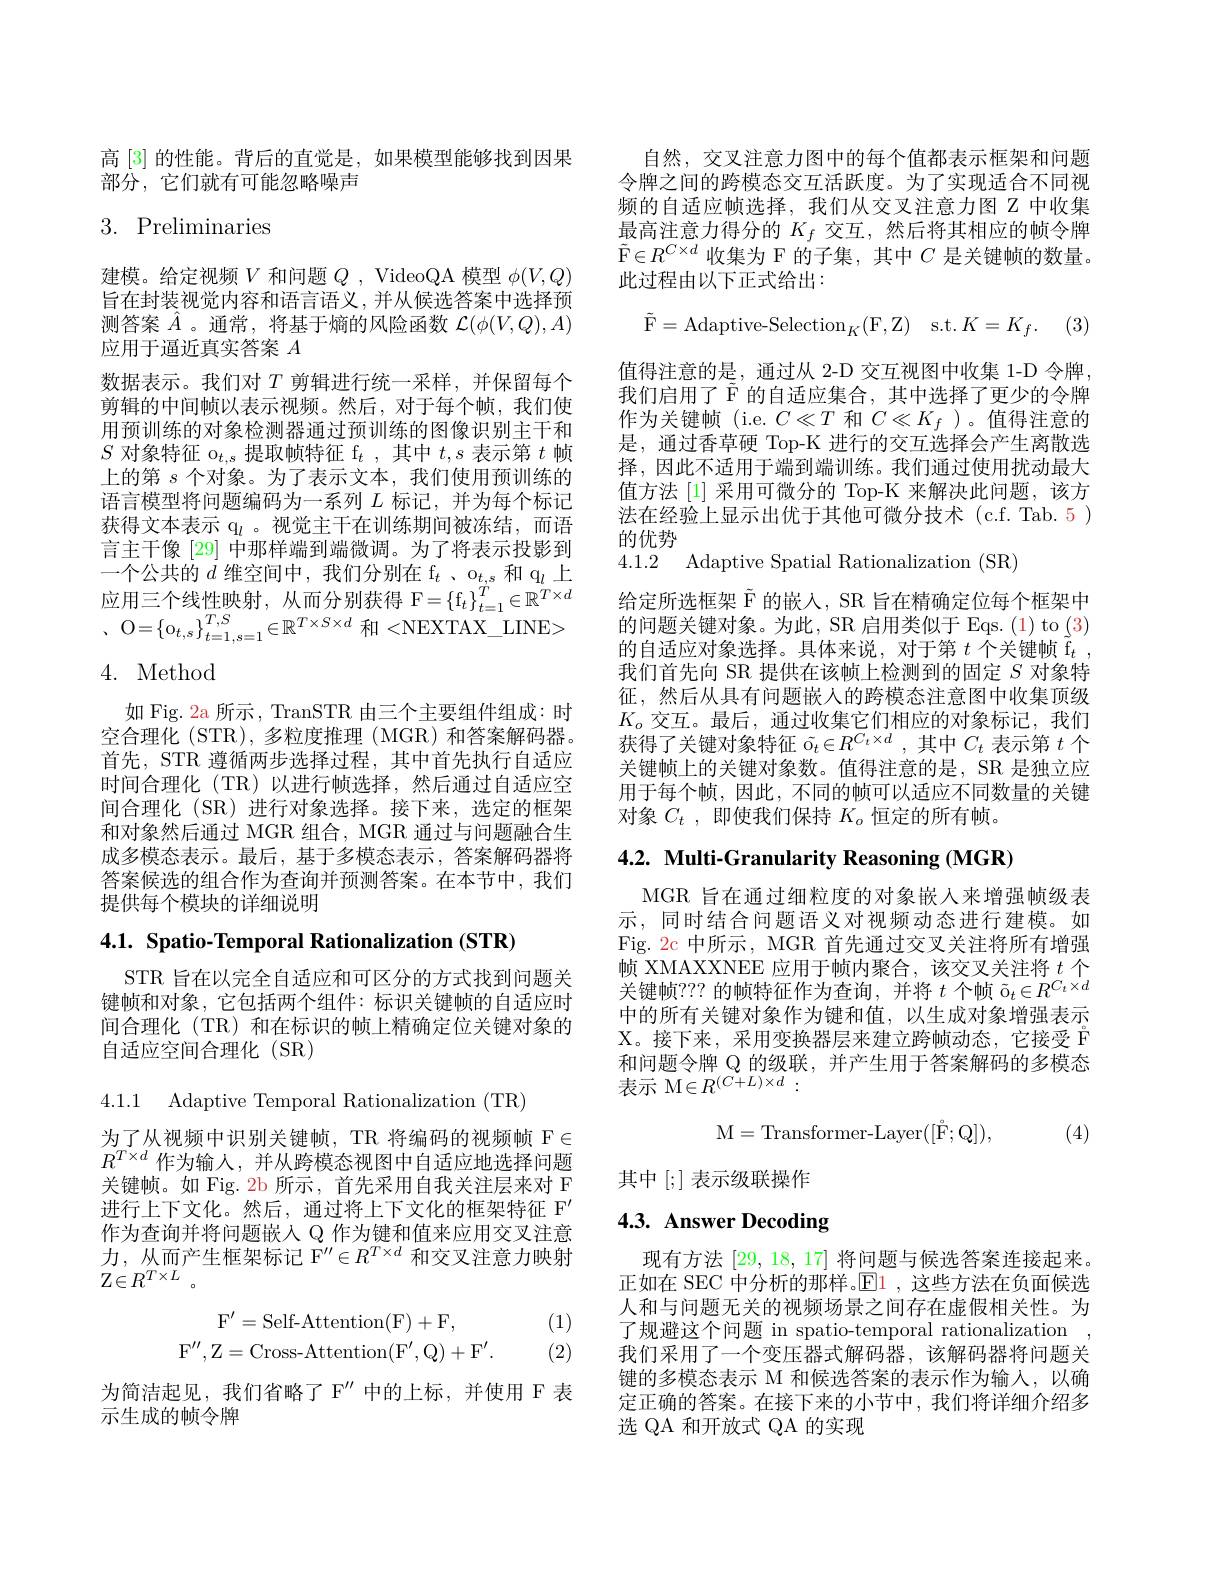
高 [3] 的性能。背后的直觉是，如果模型能够找到因果
部分，它们就有可能忽略噪声

## 3. Preliminaries

建模。给定视频$V$和问题$Q$, VideoQA 模型$\phi(V,Q)$ 旨在封装视觉内容和语言语义，并从候选答案中选择预测答案$\hat{A}$ 。通常，将基于熵的风险函数$\mathcal{L}(\phi(V,Q),A)$ 应用于逼近真实答案$A$
数据表示。我们对$T$剪辑进行统一采样，并保留每个剪辑的中间帧以表示视频。然后，对于每个帧，我们使用预训练的对象检测器通过预训练的图像识别主干和$S\text{ 对象特征 o}_{t,s}$提取帧特征 f$_t$,其中$t,s$表示第$t$帧上的第$s$个对象。为了表示文本，我们使用预训练的语言模型将问题编码为一系列$L$标记，并为每个标记获得文本表示 q$_l$ 。视觉主干在训练期间被冻结，而语言主干像[29] 中那样端到端微调。为了将表示投影到一个公共的$d$维空间中，我们分别在 f$_t$ 、$\mathrm{o}_{t,s}$和 q$_l$上应用三个线性映射，从而分别获得 F$=\{\mathrm{f}_t\}_{t=1}^T\in\mathbb{R}^{T\times d}$ . O= $\{ o_{t, s}\} _{t= 1, s= 1}^{T, S}\in \mathbb{R} ^{T\times S\times d}$ $\text{和 }$< $\mathrm{NEXTAX}\_ \mathrm{LINE}$>

## 4. Method

如 Fig. 2a 所示，TranSTR 由三个主要组件组成：时空合理化 (STR), 多粒度推理 (MGR) 和答案解码器。首先，STR 遵循两步选择过程，其中首先执行自适应时间合理化(TR)以进行帧选择，然后通过自适应空间合理化 (SR)进行对象选择。接下来，选定的框架和对象然后通过 MGR 组合，MGR 通过与问题融合生成多模态表示。最后，基于多模态表示，答案解码器将答案候选的组合作为查询并预测答案。在本节中，我们提供每个模块的详细说明

4.1. Spatio-Temporal Rationalization (STR)

STR 旨在以完全自适应和可区分的方式找到问题关键帧和对象，它包括两个组件：标识关键帧的自适应时间合理化 (TR) 和在标识的帧上精确定位关键对象的自适应空间合理化(SR)

4.1.1 Adaptive Temporal Rationalization (TR)

为了从视频中识别关键帧，TR 将编码的视频帧 F$\in$ $R^{T\times d}$作为输入，并从跨模态视图中自适应地选择问题关键帧。如 Fig. 2b 所示，首先采用自我关注层来对 F 进行上下文化。然后，通过将上下文化的框架特征 F' 作为查询并将问题嵌入 Q 作为键和值来应用交叉注意力，从而产生框架标记$\mathbb{F}^\prime\prime\in R^{T\times d}$和交叉注意力映射$\mathbb{Z} \in R^{T\times L}$ 。

(1)
$$\begin{array}{c}\mathrm F'=\text{Self-Attention(F)}+\mathrm F,\\\mathrm F'',\mathrm Z=\text{Cross-Attention(F',Q)}+\mathrm F'.\end{array}$$
(2)

为简洁起见，我们省略了 F" 中的上标，并使用 F 表
示生成的帧令牌

自然，交叉注意力图中的每个值都表示框架和问题令牌之间的跨模态交互活跃度。为了实现适合不同视频的自适应帧选择，我们从交叉注意力图 Z 中收集最高注意力得分的$K_f$交互，然后将其相应的帧令牌$\tilde{\mathrm{F}}\in R^{C\times d}$收集为 F 的子集，其中$C$是关键帧的数量。此过程由以下正式给出：

值得注意的是，通过从 2-D 交互视图中收集 1-D 令牌我们启用了$\tilde{\mathcal{F}}$的自适应集合，其中选择了更少的令牌作为关键帧(i.e.$C\ll T$和$C\ll K_f$ )。值得注意的是，通过香草硬 Top-K 进行的交互选择会产生离散选择，因此不适用于端到端训练。我们通过使用扰动最大值方法 [1] 采用可微分的 Top-K 来解决此问题，该方法在经验上显示出优于其他可微分技术(c.f. Tab. 5)
$$\tilde{\mathrm{F}}=\text{Adaptive-Selection}_{K}(\mathrm{F},\mathrm{Z})\quad\text{s.t.}K=K_{f}.$$
的优势
4.1.2 Adaptive Spatial Rationalization (SR)
给定所选框架$\tilde{\mathcal{F}}$的嵌入，SR 旨在精确定位每个框架中的问题关键对象。为此，SR 启用类似于 Eqs. (1) to (3) 的自适应对象选择。具体来说，对于第$t$个关键帧$\tilde{\mathrm{f}}_t$, 我们首先向 SR 提供在该帧上检测到的固定$S$对象特征，然后从具有问题嵌人的跨模态注意图中收集顶级$K_o$交互。最后，通过收集它们相应的对象标记，我们获得了关键对象特征$\tilde{\mathrm{o}}_t\in R^{C_t\times d}$,其中$C_t$表示第$t$个关键帧上的关键对象数。值得注意的是，SR 是独立应用于每个帧，因此，不同的帧可以适应不同数量的关键对象$C_t$ ,即使我们保持$K_o$恒定的所有帧。

## 4.2. Multi-Granularity Reasoning (MGR)

MGR 旨在通过细粒度的对象嵌入来增强帧级表示，同时结合问题语义对视频动态进行建模。如Fig. 2c 中所示，MGR 首先通过交叉关注将所有增强帧 XMAXXNEE 应 用 于 帧 内 聚 合 , 该 交 叉 关 注 将 $t$ 个 关 键 帧 ? ? ? 的 帧 特 征 作 为 查 询 , 并 将 $t$ 个 帧 $\tilde{\mathrm{o} } _{t}\in R^{C_{t}\times d}$ 关 键 顿 ? ? ? 的 帧 特 征 作 为 查 询 , 并 将 $t$ 个 帧 $\tilde{\mathrm{o} } _{t}\in R^{C_{t}\times d}$ 中的所有关键对象作为键和值，以生成对象增强表示X。接下来，采用变换器层来建立跨帧动态，它接受 F 和问题令牌 Q 的级联，并产生用于答案解码的多模态表示 M$\in R^(C+L)\times d:$
$$\mathrm{M}=\mathrm{Transformer-Layer}([\mathring{\mathrm{F}};\mathrm{Q}]),$$
(4)

其中[;] 表示级联操作

## 4.3. Answer Decoding

现有方法 [29, 18, 17] 将问题与候选答案连接起来。正如在 SEC 中分析的那样。$\operatorname{El}$,这些方法在负面候选人和与问题无关的视频场景之间存在虚假相关性。为了规避这个问题 in spatio-temporal rationalization , 我们采用了一个变压器式解码器，该解码器将问题关键的多模态表示 M 和候选答案的表示作为输入，以确定正确的答案。在接下来的小节中，我们将详细介绍多选 QA 和开放式 QA 的实现